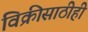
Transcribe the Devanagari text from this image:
विक्रीसाठीही